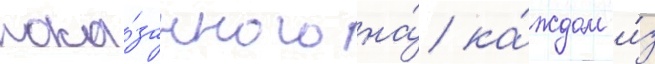
пока́занного на́ ка́ждом и́з